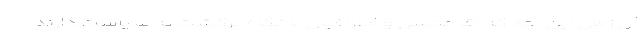
آن زمان این بود که آقا محسن و اطرافیان با نگاه برگشت به سیاست دارند